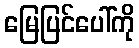
မြေပြင်ပေါ်ကို